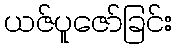
ယဇ်ပူဇော်ခြင်း